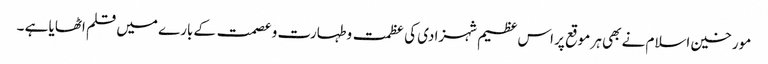
مورخین اسلام نے بھی ہر موقع پر اس عظیم شہزادی کی عظمت وطہارت و عصمت کے بارے میں قلم اٹھایا ہے ۔